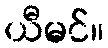
ယီမင်။